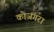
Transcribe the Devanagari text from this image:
कोजगरा